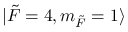
\lvert \Tilde { F } = 4 , m _ { \Tilde { F } } = 1 \rangle